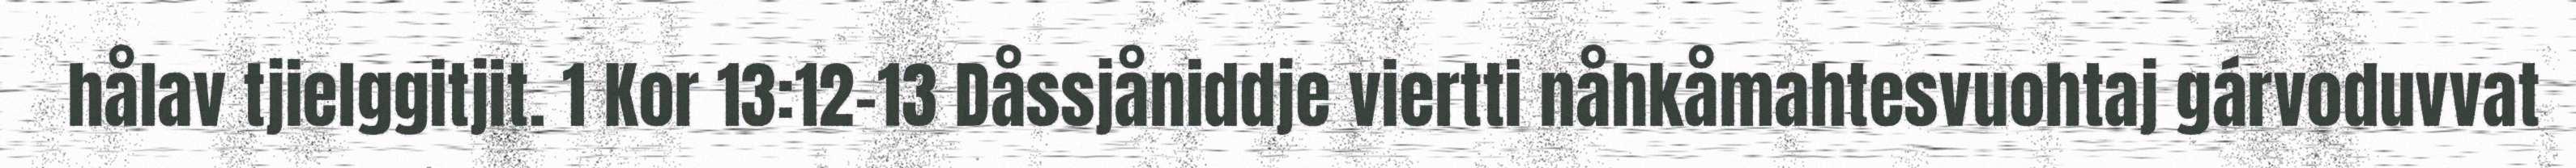
hålav tjielggitjit. 1 Kor 13:12–13 Dåssjåniddje viertti nåhkåmahtesvuohtaj gárvoduvvat